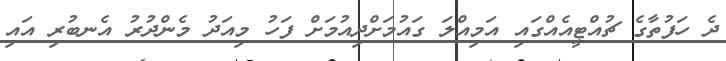
ދެ ހަފުތާގެ ޗުއްޓީއެއްގައި އަމިއްލަ ގައުމަށްދިއުމަށް ފަހު މިއަދު މެންދުރު އެނބުރި އައި